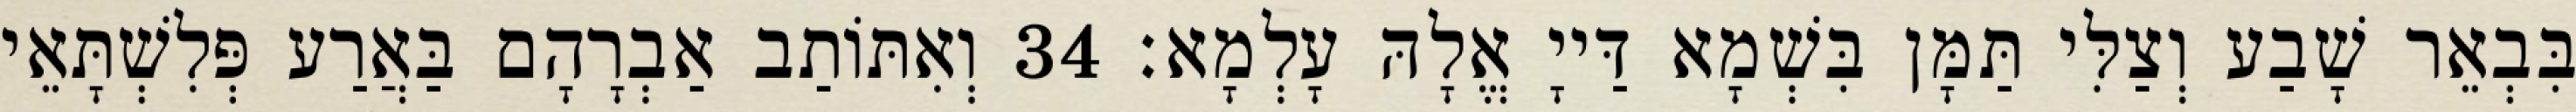
בִּבְאֵר שָׁבַע וְצַלִּי תַּמָּן בִּשְׁמָא דַּייָ אֱלָהּ עָלְמָא׃ 34 וְאִתּוֹתַב אַבְרָהָם בַּאֲרַע פְּלִשְׁתָּאֵי